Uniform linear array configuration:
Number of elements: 16
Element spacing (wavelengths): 0.75
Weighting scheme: exponential
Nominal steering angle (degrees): -45
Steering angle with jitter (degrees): -45.93
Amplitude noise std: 0.05
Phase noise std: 0.05

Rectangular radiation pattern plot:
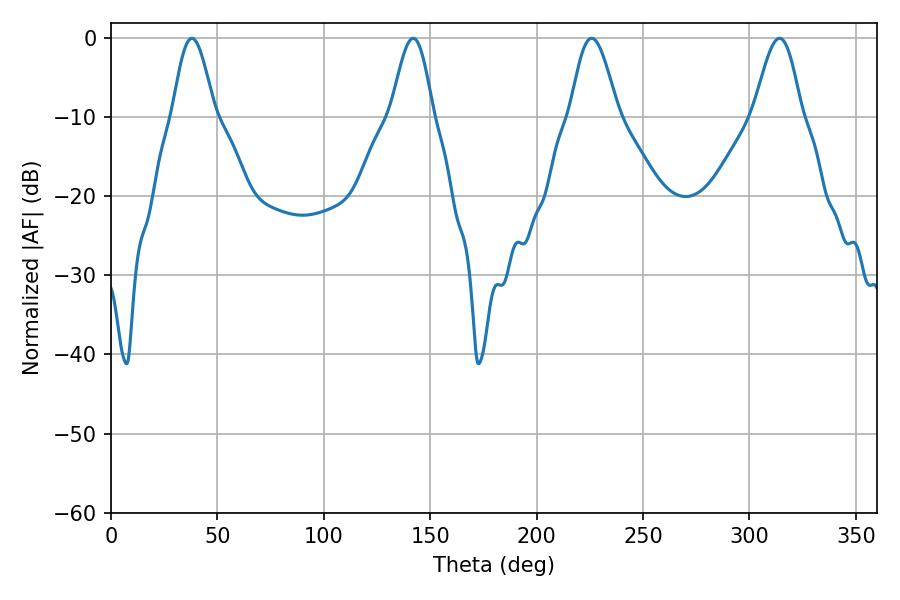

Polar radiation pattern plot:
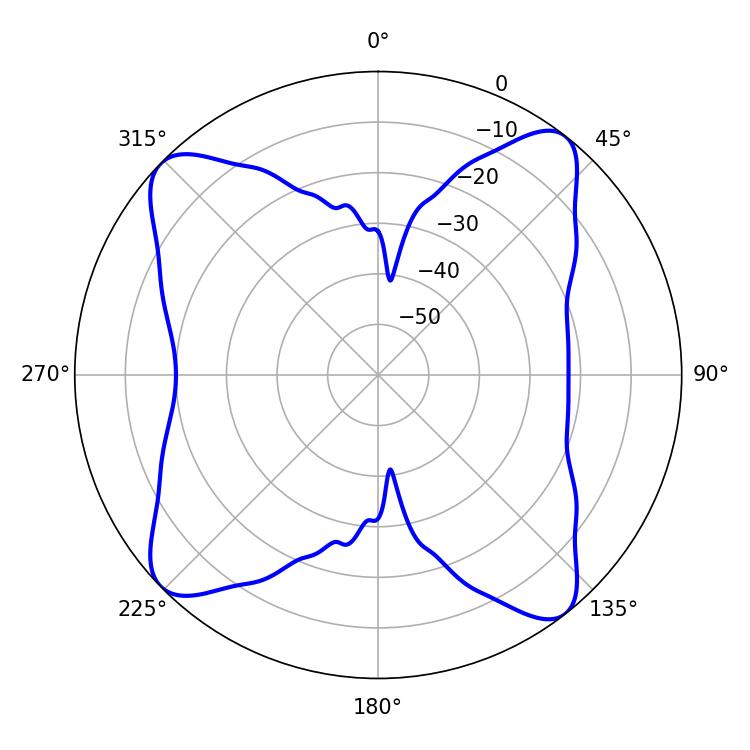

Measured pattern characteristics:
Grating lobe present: TRUE
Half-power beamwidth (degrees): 10.62
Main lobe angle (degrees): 37.98